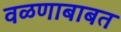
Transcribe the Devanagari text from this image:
वळणाबाबत